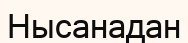
Нысанадан